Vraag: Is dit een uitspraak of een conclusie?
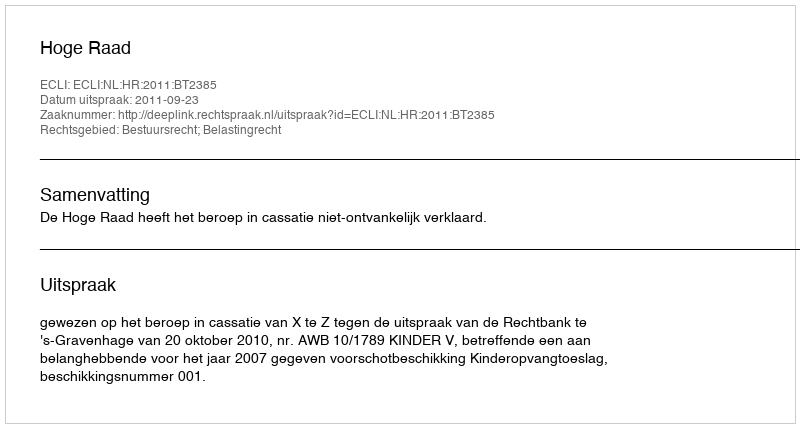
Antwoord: Uitspraak